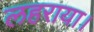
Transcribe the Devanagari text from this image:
लहराया।